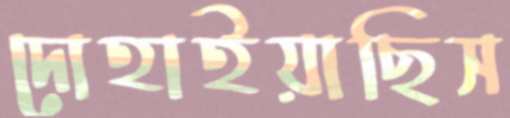
দোহাইয়াছিস